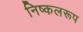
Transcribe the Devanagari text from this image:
निष्कलरूप